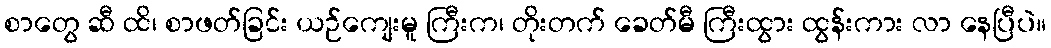
စာတွေ ဆီ ထိ၊ စာဖတ်ခြင်း ယဉ်ကျေးမူ ကြီးက၊ တိုးတက် ခေတ်မီ ကြီးထွား ထွန်းကား လာ နေပြီပဲ။